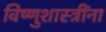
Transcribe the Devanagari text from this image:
विष्णुशास्त्रींना